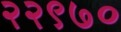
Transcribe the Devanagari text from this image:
२२९७०